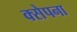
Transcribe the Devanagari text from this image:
क्सेपना